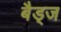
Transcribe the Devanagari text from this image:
बैड्ज